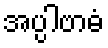
အပ္ပါဗာဓံ